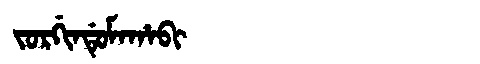
Manchu: ᠵᠣᡵᡤᡳᠨᡩᡠᠮᠠᡥᠠᠪᡳ
Romanization: JORGINDUMAHABI